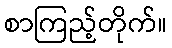
စာကြည့်တိုက်။